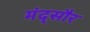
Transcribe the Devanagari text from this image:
मंद्सौर